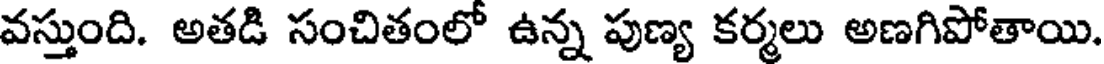
వస్తుంది. అతడి సంచితంలో ఉన్న పుణ్య కర్మలు అణగిపోతాయి.